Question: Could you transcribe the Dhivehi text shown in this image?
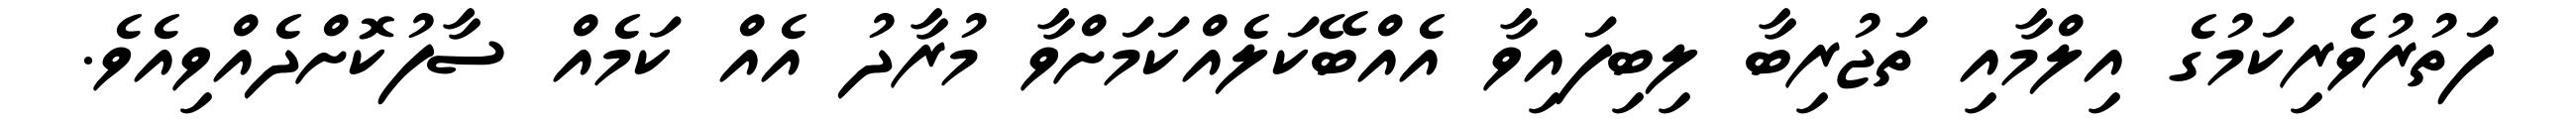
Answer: ފަތުރުވެރިކަމުގެ އިލްމާއި ތަޖުރިބާ ލިބިފައިވާ އެއްބޭކަލެއްކަމަށްވާ މުރާދު އެއް ކަމެއް ސާފުކޮށްދެއްވިއެވެ.